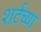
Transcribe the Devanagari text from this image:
शर्टच्या